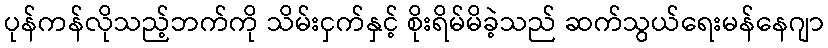
ပုန်ကန်လိုသည့်ဘက်ကို သိမ်းငှက်နှင့် စိုးရိမ်မိခဲ့သည် ဆက်သွယ်ရေးမန်နေဂျာ